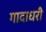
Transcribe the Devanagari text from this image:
गादाधरी